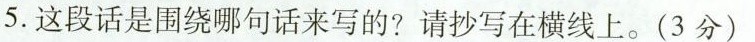
5.这段话是围绕哪句话来写的?请抄写在横线上。(3分)